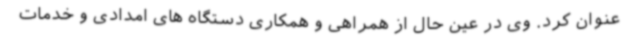
عنوان کرد. وی در عین حال از همراهی و همکاری دستگاه های امدادی و خدمات